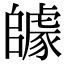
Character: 𨼽